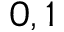
0 , 1